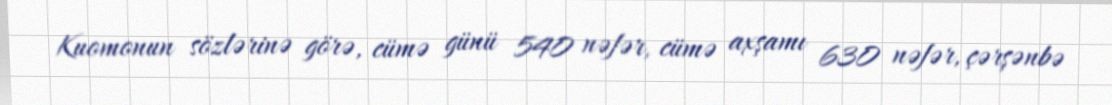
Kuomonun sözlərinə görə, cümə günü 540 nəfər, cümə axşamı 630 nəfər, çərşənbə